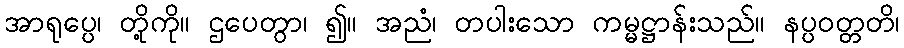
အာရုပ္ပေ၊ တို့ကို။ ဌပေတွာ၊ ၍။ အညံ၊ တပါးသော ကမ္မဋ္ဌာန်းသည်။ နပ္ပဝတ္တတိ၊